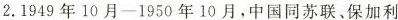
2.1949年10月-1950年10月，中国同苏联，保加利